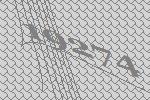
19274